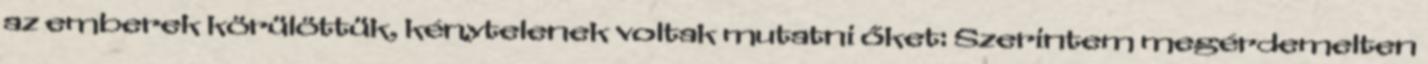
az emberek körülöttük, kénytelenek voltak mutatni őket: Szerintem megérdemelten